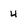
Character: 4